Report on sanitation, dispensaries, and jails in Rajputana for 1913, and on vaccination for the year 1913-1914 - 1913-1914
Year: 1913
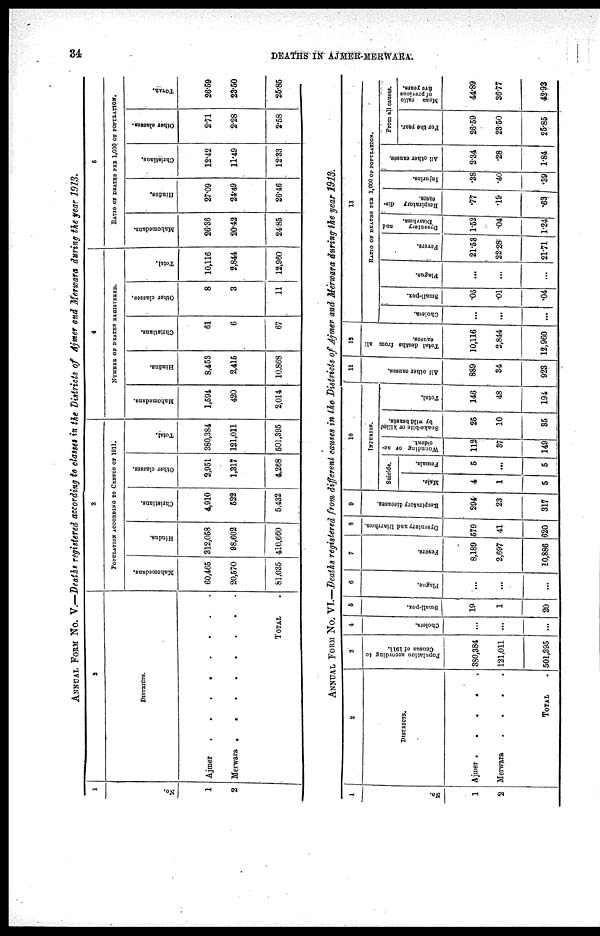
34
DEATHS IN AJMER-MERWARA.
ANNUAL FORM No. V.—Deaths registered according to classes in the Districts of Ajmer and Merwara during the year 1913.
1
No.
1
2
2
DISTRICTS.
Ajmer . . . . . . . .
Merwar . . . . . . . .
TOTAL .
3
POPULATION ACCORDING TO CENSUS OF 1911.
Mahomedans.
60,465
20,570
81,035
Hindus.
312,058
98,602
410,660
Christians.
4,910
522
5,432
Other classes.
2,951
1,317
4,268
Total.
380,384
121,011
501,395
4
NUMBER OF DEATHS REGISTERED.
Mahomedans.
1,594
420
2,014
Hindus.
8,453
2,415
10,868
Christians.
61
6
67
Other classes.
8
3
11
Total.
10,116
2,844
12,960
5
RATIO OF DEATHS PER 1,000 OF POPULATION.
Mahomedans.
26.36
20.42
24.85
Hindus.
27.09
24.49
26.46
Christians.
12.42
11.49
12.33
Other classes.
2.71
2.28
2.58
TOTAL.
26.59
23.50
25.85
ANNUAL FORM No. VI.—Deaths registered from different causes in the Districts of Ajmer and Merwara during the year 1913.
1
No.
1
2
2
DISTRICTS.
Ajmer
.
.
.
.
.
Merwara
.
.
.
.
TOTAL .
3
Population according to
Census of 1911.
380,384
121,011
501,395
4
Cholera.
...
...
...
5
Small-pox.
19
1
20
6
Plague.
...
...
...
7
Fevers.
8,189
2,697
10,886
8
Dysentery and Diarrhœa.
579
41
620
9
Respiratory diseases.
294
23
317
10
INJURIES.
Suicide.
Male.
4
1
5
Female.
5
...
5
Wounding or ac-
cident.
112
37
149
Snake-bite or killed
by wild beasts.
25
10
35
Total.
146
48
194
11
All other causes.
889
34
923
12
Total deaths from all
causes.
10,116
2,844
12,960
13
RATIO OF DEATHS PER 1,000 OF POPULATION.
Cholera.
...
...
...
Small-pox.
.05
.01
.04
Plague.
...
...
...
Fevers.
21.53
22.28
21.71
Dysentery
and
Diarrhoea.
1.52
.04
1.24
Respiratory dis-
eases.
.77
.19
.63
Injuries.
.38
.40
.39
All other causes.
2.34
.28
1.84
From all causes.
For the year.
26.59
23.50
25.85
Mean ratio
of previous
five years.
44.89
36.77
42.93